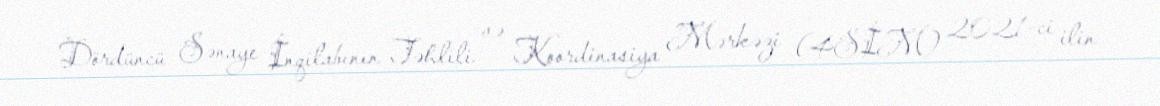
Dördüncü Sənaye İnqilabının Təhlili və Koordinasiya Mərkəzi (4SİM) 2021-ci ilin